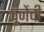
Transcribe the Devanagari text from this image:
पूजेंची